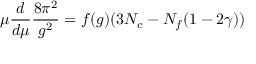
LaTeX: \mu \frac { d } { d \mu } \frac { 8 \pi ^ { 2 } } { g ^ { 2 } } = f ( g ) ( 3 N _ { c } - N _ { f } ( 1 - 2 \gamma ) )